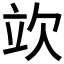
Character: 𣢦